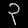
Digit: ၃